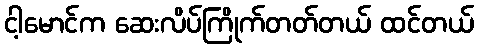
ငါ့မောင်က ဆေးလိပ်ကြိုက်တတ်တယ် ထင်တယ်